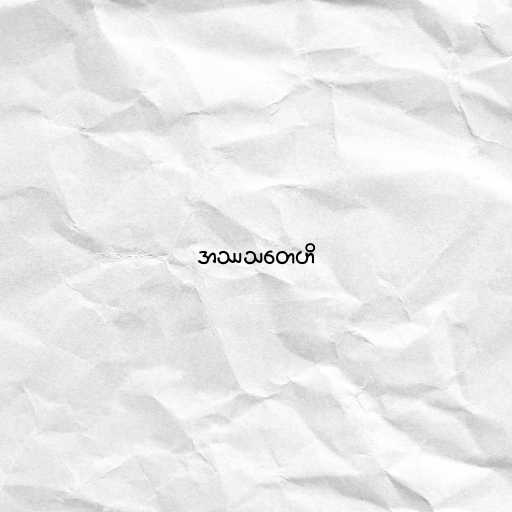
အဿသတေဟိ